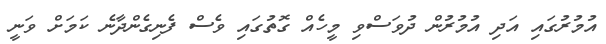
އުމުރުގައި އަދި އުމުރުން ދުވަސްވި މީހެއް ގޮތުގައި ވެސް ފެނިގެންދާނެ ކަމަށް ވަނީ